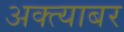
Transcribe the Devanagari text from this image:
अक्त्याबर